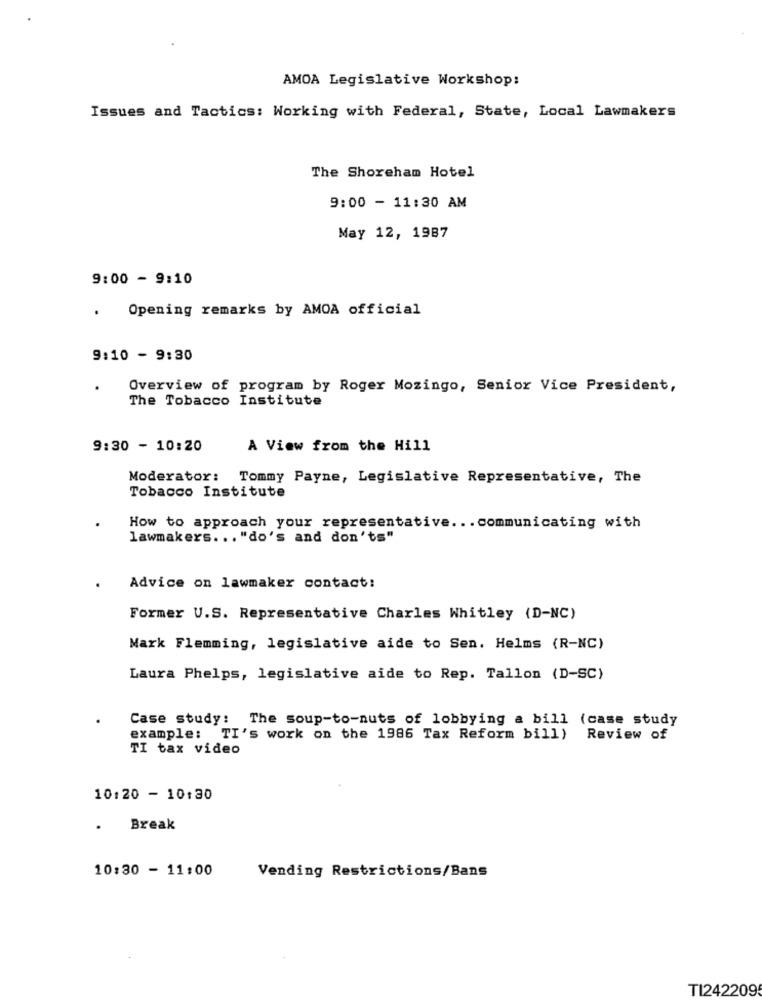
AMOA Legislative Workshop:
Issues and Tactics: Working with Federal, State, Local Lawmakers
The Shoreham Hotel
9:00 - 11:30 AM
May 12, 1987
9:00 - 9:10
. Opening remarks by AMOA official
9:10 - 9:30
Overview of program by Roger Mozingo, Senior Vice President,
The Tobacco Institute
9:30 - 10:20
A View from the Hill
Moderator: Tommy Payne, Legislative Representative, The
Tobacco Institute
How to approach your representative ... communicating with
lawmakers ... "do's and don'ts"
Advice on lawmaker contact:
Former U.S. Representative Charles Whitley (D-NC)
Mark Flemming, legislative aide to Sen. Helms (R-NC)
Laura Phelps, legislative aide to Rep. Tallon (D-SC)
Case study: The soup-to-nuts of lobbying a bill (case study
example: TI's work on the 1986 Tax Reform bill) Review of
TI tax video
10:20 - 10:30
.
Break
10:30 - 11:00
Vending Restrictions/Bans
TI2422095